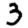
Digit: 3